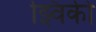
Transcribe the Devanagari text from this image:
झ्विकी